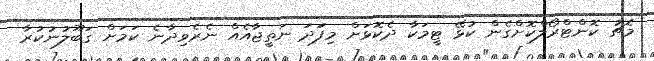
މެޗު ކޮންޓްރޯލްކޮށްގެން ކުޅޭ ޓީމަކާ ދެކޮޅަށް މިފަަދަ ނަތީޖާއެއް ނެރެވިދާނެ ކަމަށް ގަބޫލުނުކުރާ